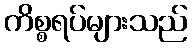
ကိစ္စရပ်များသည်